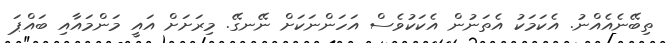
ތިބޭނެއެއްނު. އެކަމަކު އެތަނުން އެކަކުވެސް އަހަންނަކަށް ނޭނގޭ. މިރަށަށް އައީ މަންމައާއި ބައްޕަ